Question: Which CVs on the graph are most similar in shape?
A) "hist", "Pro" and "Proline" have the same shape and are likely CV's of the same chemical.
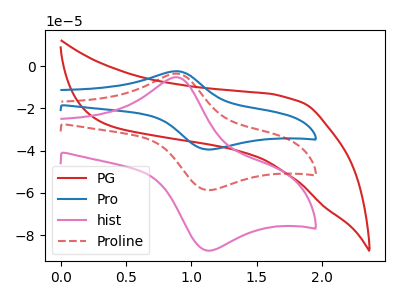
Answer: <think>The red curve "PG" has no peaks. The blue curve "Pro" has an anodic peak at (0.90V, -6.95uA) and a cathodic peak at (1.10V, -117.25uA). The pink curve "hist" has an anodic peak at (0.90V, -5.20uA) and a cathodic peak at (1.10V, -87.25uA). The red dashed curve "Proline" has an anodic peak at (0.90V, -3.50uA) and a cathodic peak at (1.10V, -58.65uA).
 "PG" and "Pro" have a different number of peaks. "PG" and "hist" have a different number of peaks. "PG" and "Proline" have a different number of peaks. All the peaks in "Pro" have a peak in "hist" at the same potential. All the peaks in "Pro" have a peak in "Proline" at the same potential. All the peaks in "hist" have a peak in "Proline" at the same potential.</think>
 <answer>A) "hist", "Pro" and "Proline" have the same shape and are likely CV's of the same chemical.</answer>
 <eval>A</eval>